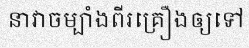
នាវាចម្បាំងពីរគ្រឿងឲ្យទៅ